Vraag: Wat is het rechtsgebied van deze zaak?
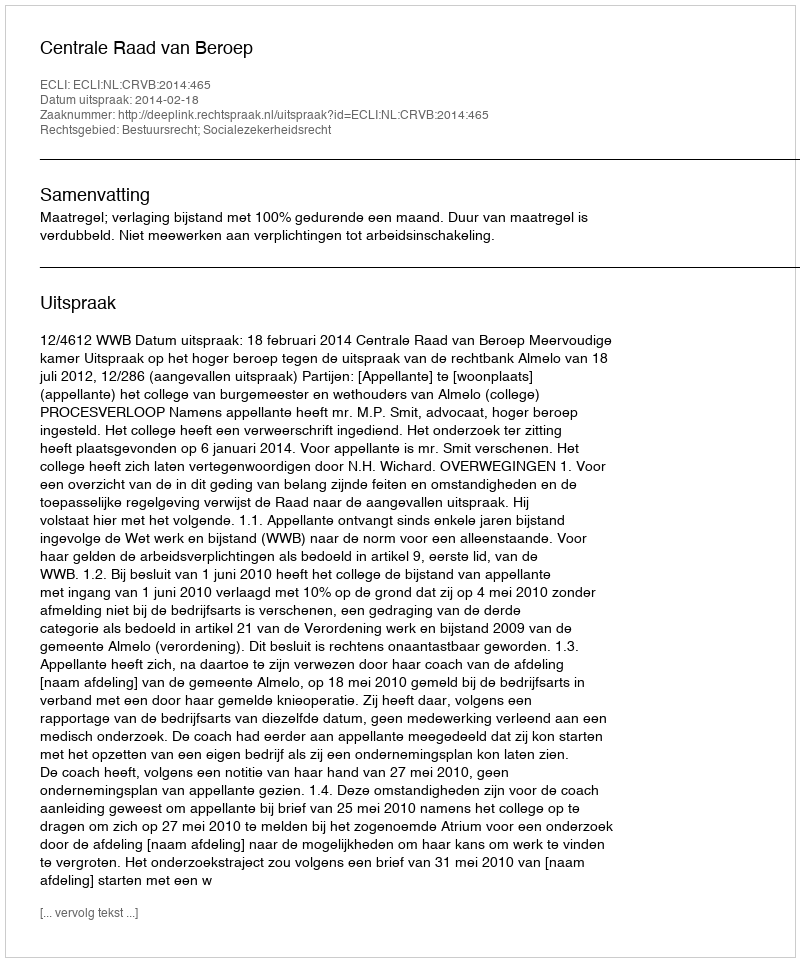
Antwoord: Bestuursrecht; Socialezekerheidsrecht